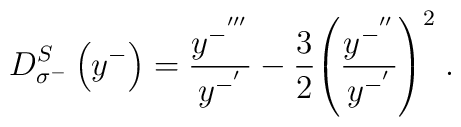
D_{\sigma^-}^S\left(y^-\right)=\frac{y^{-^{'''}}}{y^{-^{'}}}-{3\over2}{\left(\frac{y^{-^{''}}}{y^{-^{'}}}\right)}^2\;.